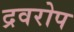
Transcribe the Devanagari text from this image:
द्रवरोप